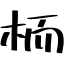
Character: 栭